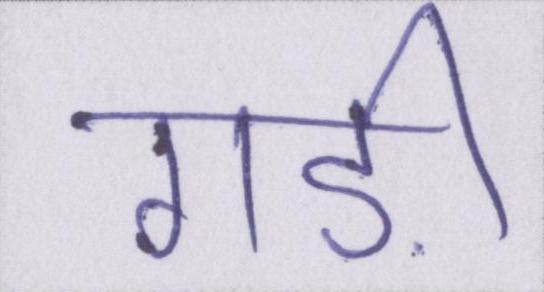
गड़ी